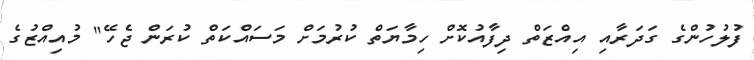
ފުލުހުންގެ ގަދަރާއި އިއްޒަތް ދިފާއުކޮށް ހިމާޔަތް ކުރުމަށް މަސައްކަތް ކުރަން ޖެހޭ" މުއިއްޒުގެ